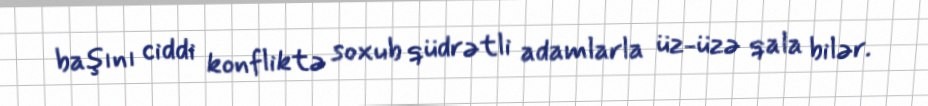
başını ciddi konfliktə soxub qüdrətli adamlarla üz-üzə qala bilər.